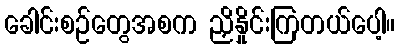
ခေါင်းစဉ်တွေအစက ညှိနှိုင်းကြတယ်ပေါ့။